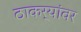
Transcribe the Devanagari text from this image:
ठाकर्‍यांवर